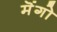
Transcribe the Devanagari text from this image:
मॆंगो